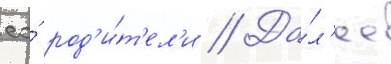
ео́ род'и́т'ел'и // Да́л'ее